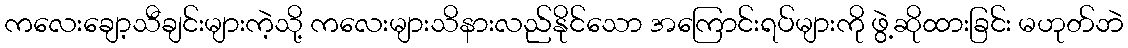
ကလေးချော့သီချင်းများကဲ့သို့ ကလေးများသိနားလည်နိုင်သော အကြောင်းရပ်များကို ဖွဲ့ဆိုထားခြင်း မဟုတ်ဘဲ